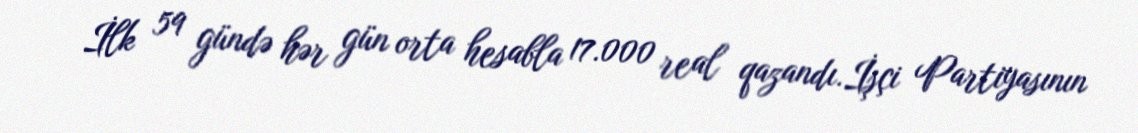
İlk 59 gündə hər gün orta hesabla 17.000 real qazandı.İşçi Partiyasının